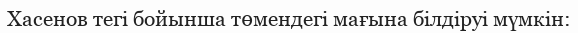
Хасенов тегі бойынша төмендегі мағына білдіруі мүмкін: